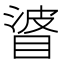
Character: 𥇲